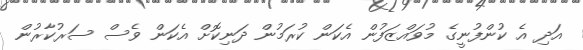
އަދި އެ ކުންފުނީގެ މުވައްޒަފުން އެކަން ކުރަމުން ދަނިކޮށް އެކަން ވެސް ސަރުކާރުން